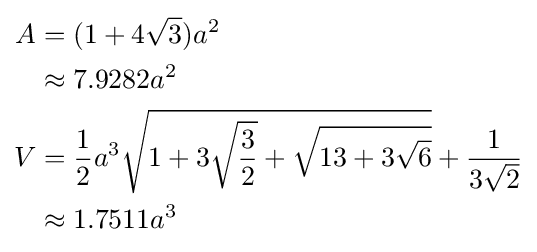
{\begin{aligned}A&=(1+4{\sqrt {3}})a^{2}\\&\approx 7.9282a^{2}\\V&={\frac {1}{2}}a^{3}{\sqrt {1+3{\sqrt {\frac {3}{2}}}+{\sqrt {13+3{\sqrt {6}}}}}}+{\frac {1}{3{\sqrt {2}}}}\\&\approx 1.7511a^{3}\end{aligned}}